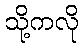
သို့ကလို